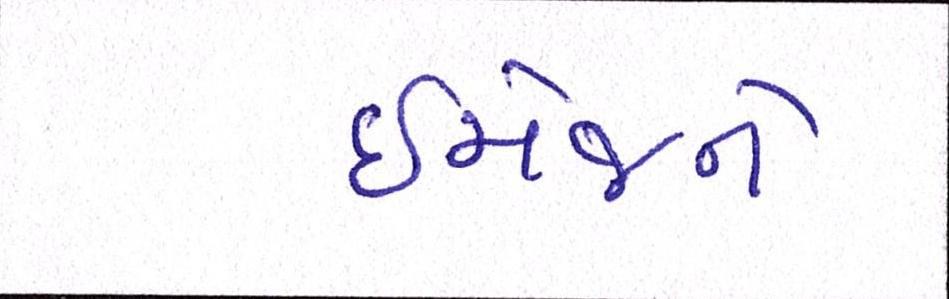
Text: ઈમેજને